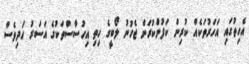
އެހިތުގައި އަހަރުތަކެއް ކުރިން ކަފުންކުރަން ޖެހުނު ލޯބީގެ ހިތި އިހުސާސްތަކުގެ އަސަރު އަދިވެސް